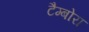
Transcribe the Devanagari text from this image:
टैम्बोरा